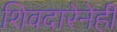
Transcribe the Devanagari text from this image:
शिवदारेनेही